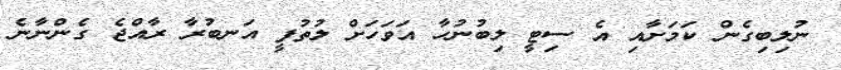
ނުލިބިގެން ކަމަށާއި އެ ސިޓީ ލިބުނުހާ އަވަހަށް ލުތުފީ އަނބުރާ ރާއްޖެ ގެންނާނެ